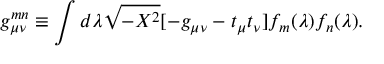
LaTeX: g _ { \mu \nu } ^ { m n } \equiv \int d \lambda \sqrt { - X ^ { 2 } } [ - g _ { \mu \nu } - t _ { \mu } t _ { \nu } ] f _ { m } ( \lambda ) f _ { n } ( \lambda ) .